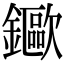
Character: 䥲